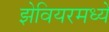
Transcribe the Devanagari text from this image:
झेवियरमध्ये